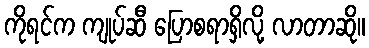
ကိုရင်က ကျုပ်ဆီ ပြောစရာရှိလို့ လာတာဆို။